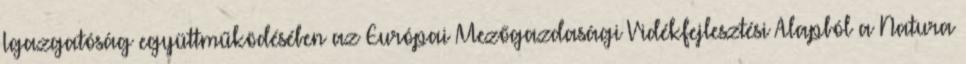
Igazgatóság együttműködésében az Európai Mezőgazdasági Vidékfejlesztési Alapból a Natura